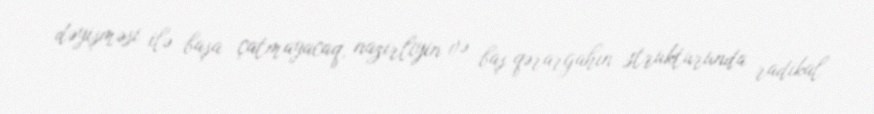
dəyişməsi ilə başa çatmayacaq, nazirliyin və baş qərargahın strukturunda radikal